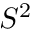
S ^ { 2 }